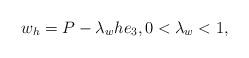
LaTeX: \begin{align*} w_h = P -\lambda_w h e_3, 0<\lambda_w < 1,\end{align*}